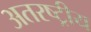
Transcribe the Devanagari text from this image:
अतरष्ट्रीय